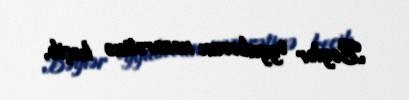
Bəylər Əyyubovun nəzarətinə keçib.